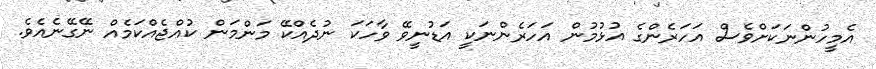
އެމީހުންނަކަށްވެސް އަހަރެންގެ އުޅުމުން އަހަރެންނަކީ އަޑުނީވޭ ވާހަކަ ނުދެއްކޭ މަންމަން ކުއްޖެއްކަމެއް ނޭގޭނެއެވެ.